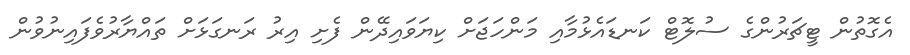
އެގޮތުން ޓީޗަރުންގެ ސުލޮޓް ކަނޑައެޅުމާއި މަންހަޖަށް ކިޔަވައިދޭން ފެށި އިރު ރަނގަޅަށް ތައްޔާރުވެފައިނުވުން